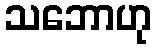
သဘောဟု